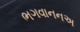
ભગવાનનઅ